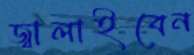
জ্বালাইবেন